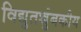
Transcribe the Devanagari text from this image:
विद्युतच्चुंबकीय